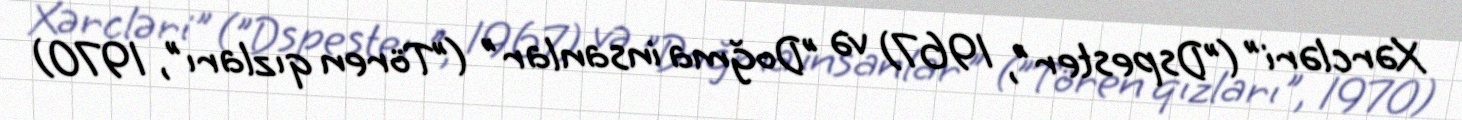
Xərcləri" ("Dspester", 1967) və "Doğma insanlar" ("Tören qızları", 1970)